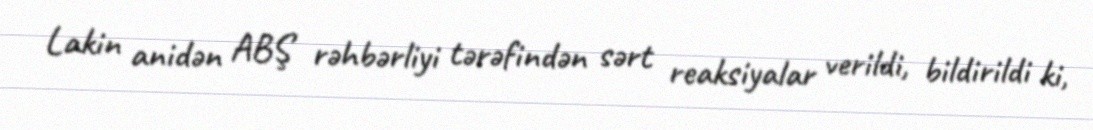
Lakin anidən ABŞ rəhbərliyi tərəfindən sərt reaksiyalar verildi, bildirildi ki,